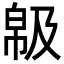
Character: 𢃺